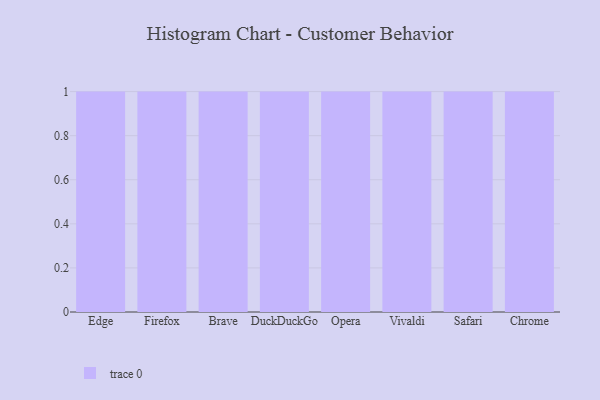
{"axis": {"x": "Browser", "y": "LTV (USD)"}, "legend": [""], "data": [{"x": "Edge", "y": 45, "type": ""}, {"x": "Firefox", "y": 47, "type": ""}, {"x": "Brave", "y": 53, "type": ""}, {"x": "DuckDuckGo", "y": 92, "type": ""}, {"x": "Opera", "y": 74, "type": ""}, {"x": "Vivaldi", "y": 74, "type": ""}, {"x": "Safari", "y": 47, "type": ""}, {"x": "Chrome", "y": 16, "type": ""}]}